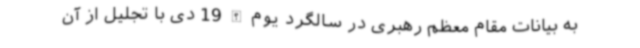
به بیانات مقام معظم رهبری در سالگرد یوم الله 19 دی با تجلیل از آن